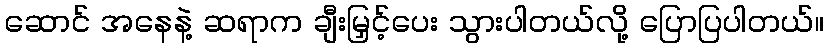
ဆောင် အနေနဲ့ ဆရာက ချီးမြှင့်ပေး သွားပါတယ်လို့ ပြောပြပါတယ်။